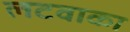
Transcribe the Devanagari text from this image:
लटवाका